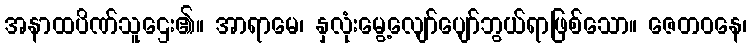
အနာထပိဏ်သူဌေး၏။ အာရာမေ၊ နှလုံးမွေ့လျော်ပျော်ဘွယ်ရာဖြစ်သော။ ဇေတဝနေ၊